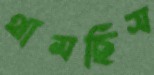
থামছিস